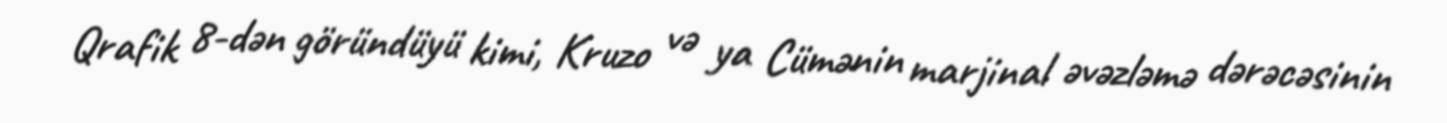
Qrafik 8-dən göründüyü kimi, Kruzo və ya Cümənin marjinal əvəzləmə dərəcəsinin